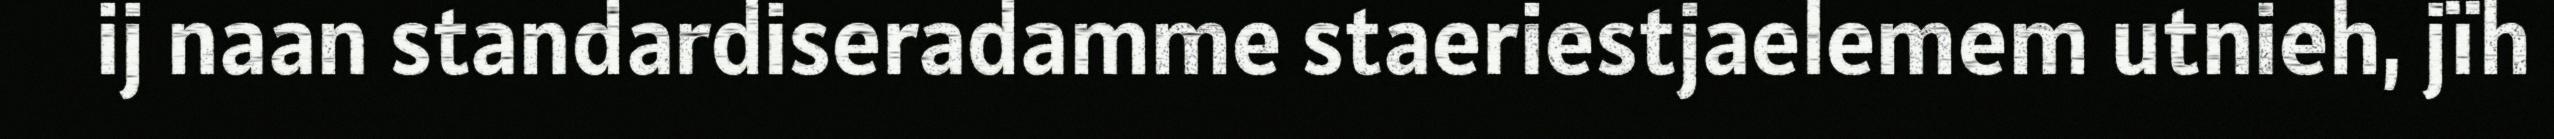
ij naan standardiseradamme staeriestjaelemem utnieh, jïh